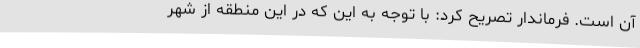
آن است. فرماندار تصریح کرد: با توجه به این که در این منطقه از شهر